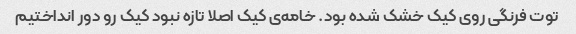
توت فرنگی روی کیک خشک شده بود. خامه‌ی کیک اصلا تازه نبود کیک رو دور انداختیم